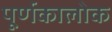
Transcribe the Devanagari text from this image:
पूर्णकालोक